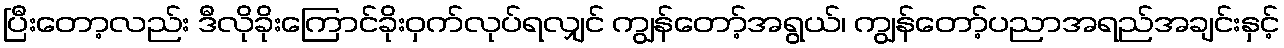
ပြီးတော့လည်း ဒီလိုခိုးကြောင်ခိုးဝှက်လုပ်ရလျှင် ကျွန်တော့်အရွယ်၊ ကျွန်တော့်ပညာအရည်အချင်းနှင့်